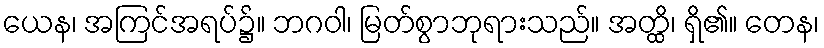
ယေန၊ အကြင်အရပ်၌။ ဘဂဝါ၊ မြတ်စွာဘုရားသည်။ အတ္ထိ၊ ရှိ၏။ တေန၊